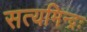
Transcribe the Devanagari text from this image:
सत्यमिन्द्रः